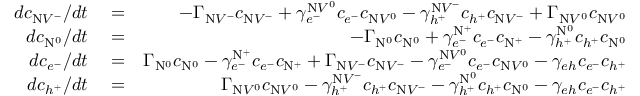
\begin{array} { r l r } { d c _ { \mathrm { N } V ^ { - } } / d t } & { { } = } & { - \Gamma _ { \mathrm { N } V ^ { - } } c _ { \mathrm { N } V ^ { - } } + \gamma _ { e ^ { - } } ^ { \mathrm { N } V ^ { 0 } } c _ { e ^ { - } } c _ { \mathrm { N } V ^ { 0 } } - \gamma _ { h ^ { + } } ^ { \mathrm { N } V ^ { - } } c _ { h ^ { + } } c _ { \mathrm { N } V ^ { - } } + \Gamma _ { \mathrm { N } V ^ { 0 } } c _ { \mathrm { N } V ^ { 0 } } } \\ { d c _ { \mathrm { N } ^ { 0 } } / d t } & { { } = } & { - \Gamma _ { \mathrm { N } ^ { 0 } } c _ { \mathrm { N } ^ { 0 } } + \gamma _ { e ^ { - } } ^ { \mathrm { N } ^ { + } } c _ { e ^ { - } } c _ { \mathrm { N } ^ { + } } - \gamma _ { h ^ { + } } ^ { \mathrm { N } ^ { 0 } } c _ { h ^ { + } } c _ { \mathrm { N } ^ { 0 } } } \\ { d c _ { e ^ { - } } / d t } & { { } = } & { \Gamma _ { \mathrm { N } ^ { 0 } } c _ { \mathrm { N } ^ { 0 } } - \gamma _ { e ^ { - } } ^ { \mathrm { N } ^ { + } } c _ { e ^ { - } } c _ { \mathrm { N } ^ { + } } + \Gamma _ { \mathrm { N } V ^ { - } } c _ { \mathrm { N } V ^ { - } } - \gamma _ { e ^ { - } } ^ { \mathrm { N } V ^ { 0 } } c _ { e ^ { - } } c _ { \mathrm { N } V ^ { 0 } } - \gamma _ { e h } c _ { e ^ { - } } c _ { h ^ { + } } } \\ { d c _ { h ^ { + } } / d t } & { { } = } & { \Gamma _ { \mathrm { N } V ^ { 0 } } c _ { \mathrm { N } V ^ { 0 } } - \gamma _ { h ^ { + } } ^ { \mathrm { N } V ^ { - } } c _ { h ^ { + } } c _ { \mathrm { N } V ^ { - } } - \gamma _ { h ^ { + } } ^ { \mathrm { N } ^ { 0 } } c _ { h ^ { + } } c _ { \mathrm { N } ^ { 0 } } - \gamma _ { e h } c _ { e ^ { - } } c _ { h ^ { + } } } \end{array}